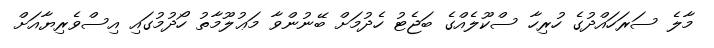
މާލެ ސަރަހައްދުގެ ހުރިހާ ސްކޫލެއްގެ ބަޖެޓު ހެދުމަށް ބޭނުންވާ މަޢުލޫމާތު ހޯދުމުގައި އިސްވެރިޔާއަށް